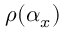
\rho ( \alpha _ { x } )